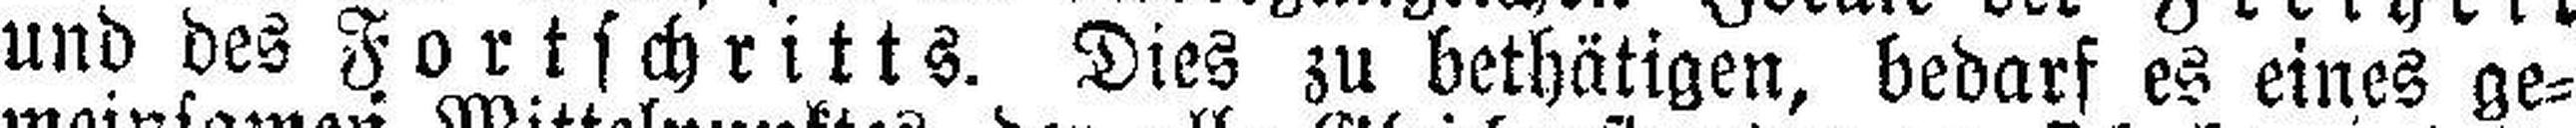
und des Fortschritts. Dies zu bethätigen, bedarf es eines ge¬